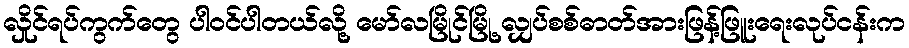
လှိုင်ရပ်ကွက်တွေ ပါဝင်ပါတယ်လို့ မော်လမြိုင်မြို့ လျှပ်စစ်ဓာတ်အားဖြန့်ဖြူးရေးလုပ်ငန်းက